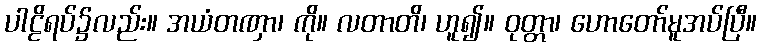
ပါဠိရပ်၌လည်း။ အယံတဏှာ၊ ကို။ လတာတိ၊ ဟူ၍။ ဝုတ္တာ၊ ဟောတော်မူအပ်ပြီ။